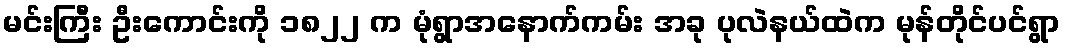
မင်းကြီး ဦးကောင်းကို ၁၈၂၂ က မုံရွာအနောက်ကမ်း အခု ပုလဲနယ်ထဲက မုန်တိုင်ပင်ရွာ